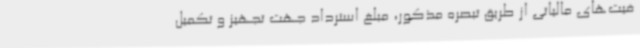
فیت‌های مالیاتی از طریق تبصره مذکور، مبلغ استرداد جهت تجهیز و تکمیل